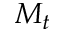
M _ { t }